Report of the Municipal Commissioner on the plague in Bombay for the year ending 31st May... - Volume 2
Disease focus: Plague
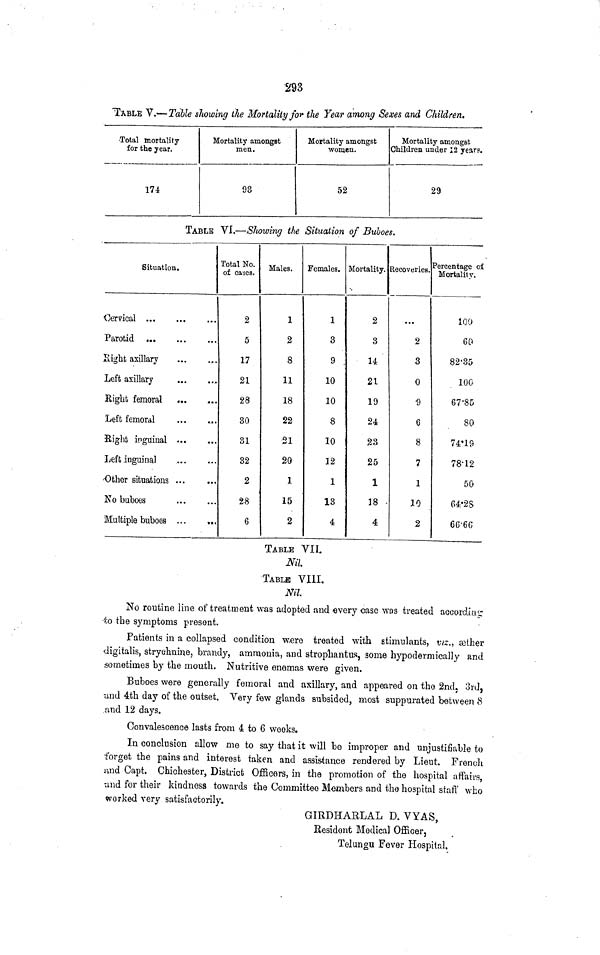
293
TABLE V.— Table showing the Mortality for the Year among Sexes and Children.
•Total mortality
for the year.
174
Mortality amongst
men.
93
Mortality amongst
women.
52
Mortality amongst
Children under 12 years.
29
TABLE VI.—Sliowing the Situation of Buboes.
Situation.
Oervical
Parotid
Eight axillary
Left axillary
Eight femoral
Left femoral
Right inguinal ...
Left inguinal
•Other situations ...
No buboes
Multiple buboes ...
Total No.
of cases.
2
5
17
21
28
30
31
32
2
28
6
Males.
1
2
8
11
18
22
•21
20
1
15
2
Females.
1
3
9
10
10
8
10
32
1
13
4
Mortality.
2
3
14
21
19
24
23
25
1
18
4
RecoverieB.
...
2
3
0
•9
6
8
7
1
10
2
Percentage of
Mortality.
100
60
82-35
100
67*85
80
74*19
78-12
50
64'2 S
66'6C
TABLE VIL
Nil.
TABLE VIII.
Nil.
No routine line of treatment was adopted and every case was treated aocordiut
o the symptoms present.
Patients in a collapsed condition were treated with stimulants, vis., aether
digitalis, strychnine, brandy, ammonia, and strophantus, some hypodermically and
sometimes by the mouth. Nutritive enemas were given.
Buboes were generally femoral and axillary, and appeared on the 2nd. 3rd,
und 4th day of the outset. Very few glands subsided, most suppurated between 8
and 12 days.
Convalescence lasts from 4 to 6 weeks.
In conclusion allow me to say that it will be improper and unjustifiable to
forget the pains and interest taken and assistance rendered by Lieut. French
and Capt. Chichester, District Officers, in the promotion of the hospital affairs,
-and for their kindness towards the Committee Members and the hospital staff who
worked very satisfactorily.
GIRDHAELAL D. VYAS,
Resident Medical Officer,
Telungu Fever Hospital.